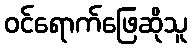
ဝင်ရောက်ဖြေဆိုသူ